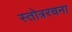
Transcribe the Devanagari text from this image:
स्तोत्ररचना